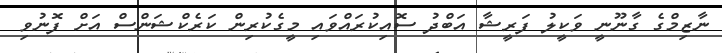
ނާޒިމްގެ ގާނޫނީ ވަކީލު ފަރީޝާ އަބްދު ސޮއިކުރައްވައި މީގެކުރިން ކަރެކްޝަންސް އަށް ފޮނުވި